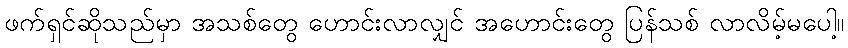
ဖက်ရှင်ဆိုသည်မှာ အသစ်တွေ ဟောင်းလာလျှင် အဟောင်းတွေ ပြန်သစ် လာလိမ့်မပေါ့။